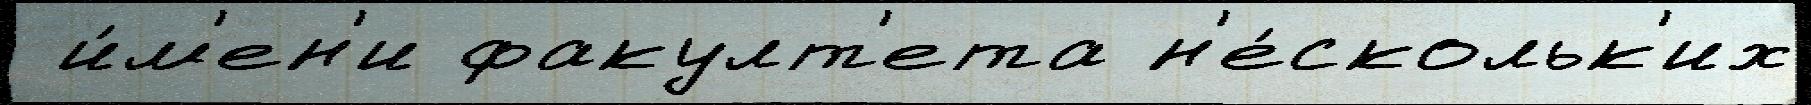
 и́м'ен'и факулт'ета н'е́скольк'их